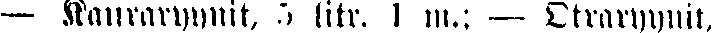
— Kauraryynit, 5 lit. 1 m.: — Otraryynit,